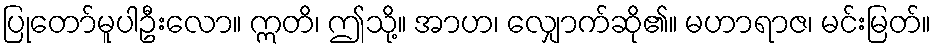
ပြုတော်မူပါဦးလော။ ဣတိ၊ ဤသို့။ အာဟ၊ လျှောက်ဆို၏။ မဟာရာဇ၊ မင်းမြတ်။